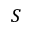
S